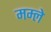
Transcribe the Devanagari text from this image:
मम्ले